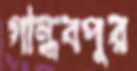
গান্ধবপুর